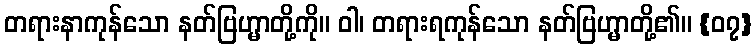
တရားနာကုန်သော နတ်ဗြဟ္မာတို့ကို။ ဝါ၊ တရားရကုန်သော နတ်ဗြဟ္မာတို့၏။ {၀၇}